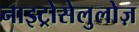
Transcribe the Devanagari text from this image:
नाइट्रोसेलुलोज़